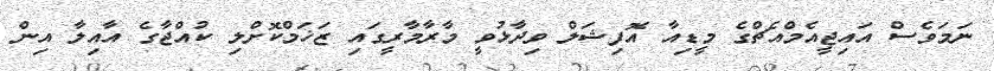
ނަމަވެސް އައިޖީއެމްއެޗްގެ މީޑިއާ އޮފިޝަލް ވިދާޅުވީ މާރާމާރީގައި ޒަޚަމްކޮށްލި ކުއްޖާގެ އާއިލާ އިން